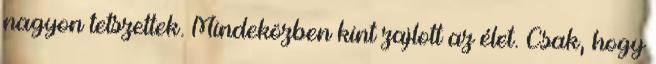
nagyon tetszettek. Mindeközben kint zajlott az élet. Csak, hogy